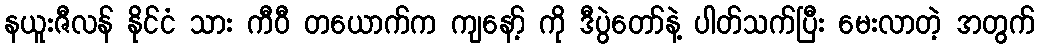
နယူးဇီလန် နိုင်ငံ သား ကီဝီ တယောက်က ကျနော့် ကို ဒီပွဲတော်နဲ့ ပါတ်သက်ပြီး မေးလာတဲ့ အတွက်